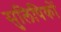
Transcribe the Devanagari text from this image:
सुलिपिकों